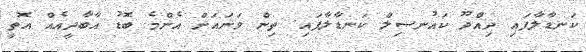
ކަނޑާލާފައި ދިއްދޫ ކައުނސިލް ކަނޑާލާފައި. ތިން ވަަނައަށް އެންމެ ބޮޑު އާބާދީއެއް އޮތީ